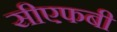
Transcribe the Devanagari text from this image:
सीएफबी